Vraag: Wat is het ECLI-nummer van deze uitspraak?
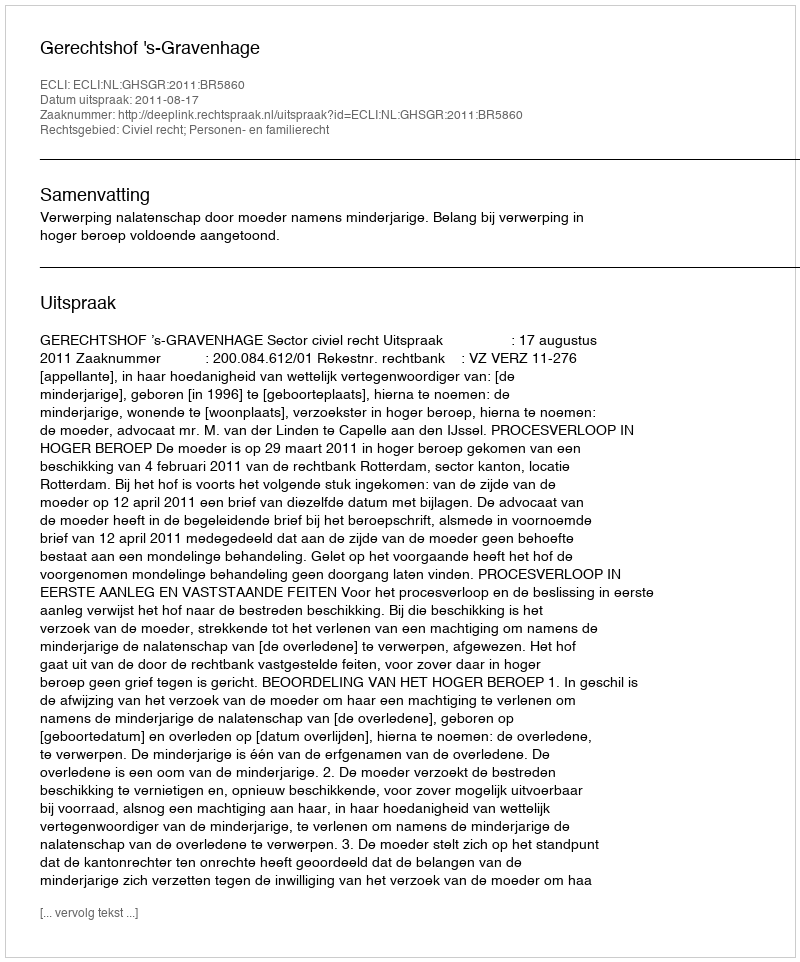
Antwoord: ECLI:NL:GHSGR:2011:BR5860